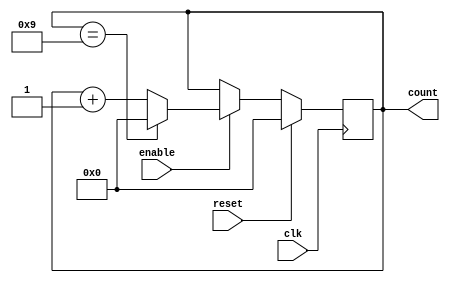
module BCD_Counter(
    input wire clk,
    input wire reset,
    input wire enable,
    output reg [3:0] count
);

reg [3:0] next_count;

always @(posedge clk) begin
    if(reset) begin
        count <= 4'b0000;
    end else if(enable) begin
        if(count == 4'b1001) begin
            count <= 4'b0000;
        end else begin
            count <= count + 1;
        end
    end
end

endmodule